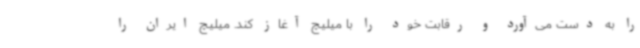
را به دست می‌آورد و رقابت‌ خود را با میلیچ آغاز کند. میلیچ ایران را